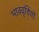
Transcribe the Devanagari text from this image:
भाववृत्तियों